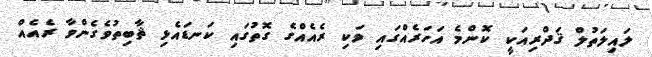
ލައިލަތުލް ޤަދްރިއަކީ ކޮންމެ އަހަރެއްގައި ވަކި ރެއެއްގެ ގޮތުގައި ކަނޑައެޅި ޘާބިތުވެގެންވާ ރެއެއް